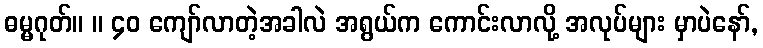
ဓမ္မဂုတ်။ ။ ၄၀ ကျော်လာတဲ့အခါလဲ အရွယ်က ကောင်းလာလို့ အလုပ်များ မှာပဲနော်,